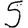
Digit: 5